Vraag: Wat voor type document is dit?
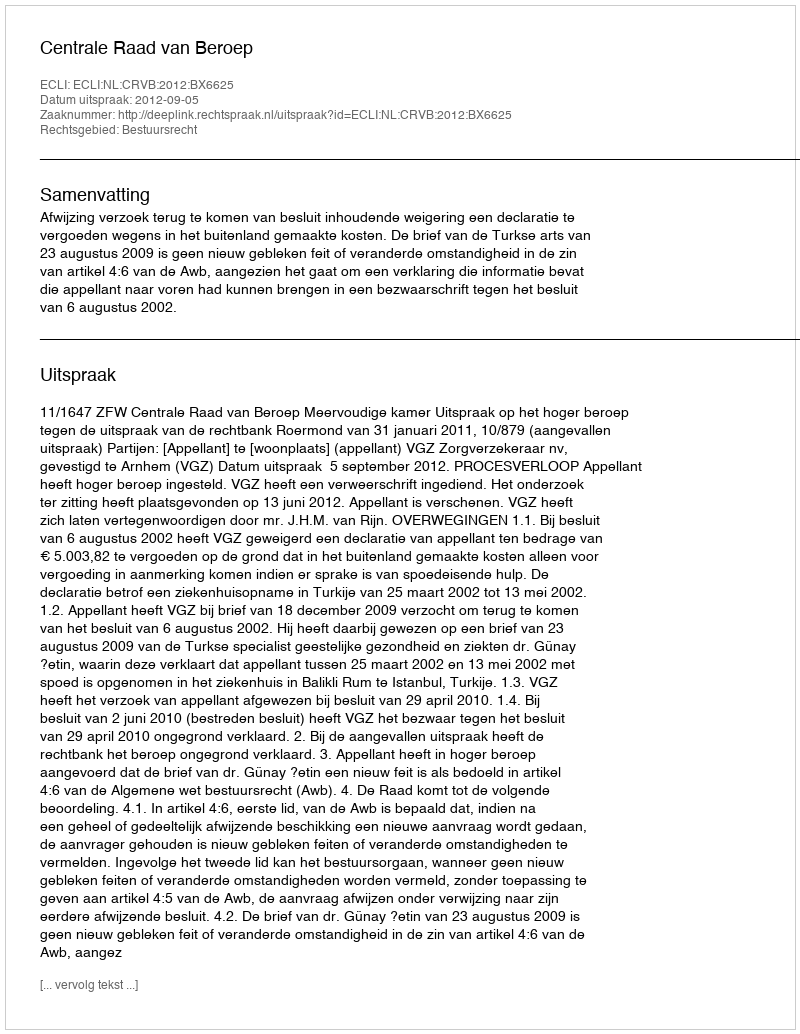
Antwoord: Uitspraak